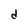
Character: d